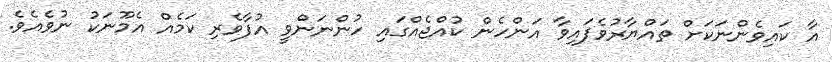
އާ ކައިވެންނަކަށް ތައްޔާރުވެފައިވާ އަންހެން ކުއްޖެއްގައި ހުންނަންވީ އުފާވެރި ކަމެއް އެމޫނަކު ނުވެއެވެ.